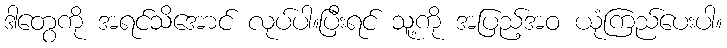
ဒါတွေကို အရင်သိအောင် လုပ်ပါ။ပြီးရင် သူ့ကို အပြည့်အဝ ယုံကြည်ပေးပါ။